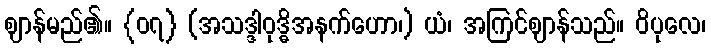
ဈာန်မည်၏။ {၀၇} (အသဒ္ဒါဝုဒ္ဓိအနက်ဟော၊) ယံ၊ အကြင်ဈာန်သည်။ ဝိပုလေ၊